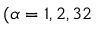
( \alpha = 1 , 2 , 3 2